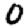
Digit: 0